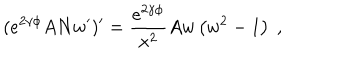
( e ^ { 2 \gamma \phi } A N w ^ { \prime } ) ^ { \prime } = \frac { e ^ { 2 \gamma \phi } } { x ^ { 2 } } A w \left( w ^ { 2 } - 1 \right) \ ,